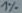
Text: 1%